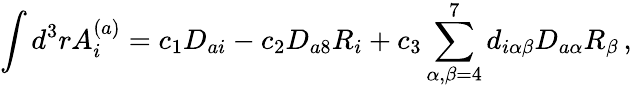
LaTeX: \int d^{3}rA_{i}^{(a)}=c_{1}D_{ai}-c_{2}D_{a8}R_{i}+c_{3}\sum_{\alpha,\beta=4}^{7}d_{i\alpha\beta}D_{a\alpha}R_{\beta}\, ,